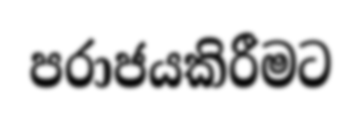
පරාජයකිරීමට